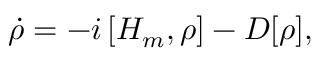
\dot { \rho } = - i \left[ H _ { m } , \rho \right] - { \cal D } [ \rho ] ,